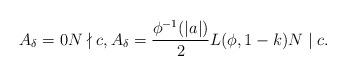
LaTeX: \begin{align*}A_\delta=0 N \nmid c, A_\delta=\frac{\phi^{-1}(|a|)}{2}L(\phi, 1-k) N \mid c. \end{align*}